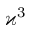
\varkappa ^ { 3 }